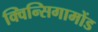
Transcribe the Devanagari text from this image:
क्विन्सिगामोंड